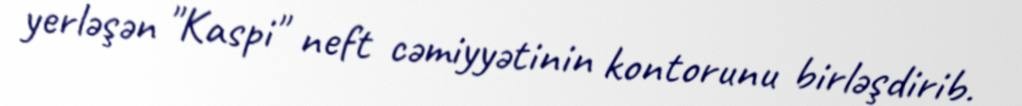
yerləşən "Kaspi" neft cəmiyyətinin kontorunu birləşdirib.